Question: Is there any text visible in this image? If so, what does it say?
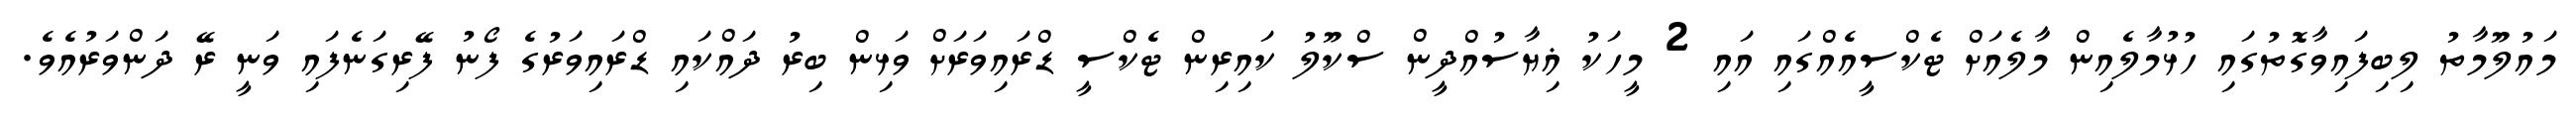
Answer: މައުލޫމާތު ލިބިފައިވާގޮތުގައި ހުޅުމާލެއިން މާލެއަށް ޓެކްސީއެއްގައި އައި 2 މީހަކު ޣިޔާސުއްދީން ސްކޫލު ކައިރިން ޓެކްސީ ޑްރައިވަރަށް ވަޅިން ބިރު ދައްކައި ޑްރައިވަރުގެ ފޯނު ފޭރިގަނެފައި ވަނީ ރޭ ދަންވަރުއެވެ.